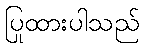
ပြုထားပါသည်